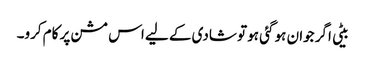
بیٹی اگر جوان ہو گئی ہو تو شادی کے لیے اس مشن پر کام کرو۔